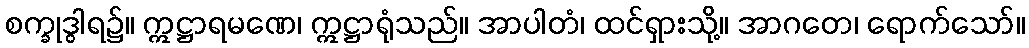
စက္ခုဒွါရ၌။ ဣဋ္ဌာရမဏေ၊ ဣဋ္ဌာရုံသည်။ အာပါတံ၊ ထင်ရှားသို့။ အာဂတေ၊ ရောက်သော်။